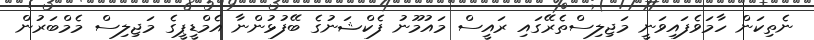
ނެތިކަން ހާމަވެފައިވަނީ މަޖިލިސްތެރޭގައި ރައީސް މައުމޫނު ފެކްޝަނުގެ ބޭފުޅުންނާ އެމްޑީޕީގެ މަޖިލިސް މެމްބަރުން